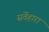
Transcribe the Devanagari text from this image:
सर्वेहारा